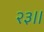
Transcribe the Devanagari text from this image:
२३॥